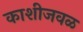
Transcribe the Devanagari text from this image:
काशीजवळ